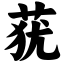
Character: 莸